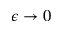
\epsilon \to 0